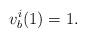
LaTeX: \begin{align*}v_b^i(1) = 1.\end{align*}